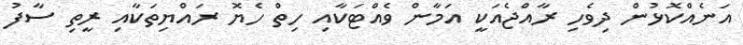
އަނެއްކޮޅުން ދިވެހި ރާއްޖެއަކީ އަމާން ވެއްޓަކާއި ހިތް ހެޔޮ ރައްޔިތަކާއި ރީތި ސާފު